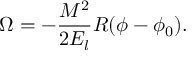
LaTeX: \Omega = - { \frac { M ^ { 2 } } { 2 E _ { l } } } R ( \phi - \phi _ { 0 } ) .